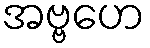
အဗ္ဗဟေ